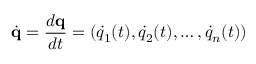
{ \dot { \mathbf { q } } } = { \frac { d \mathbf { q } } { d t } } = ( { \dot { q } } _ { 1 } ( t ) , { \dot { q } } _ { 2 } ( t ) , \ldots , { \dot { q } } _ { n } ( t ) )